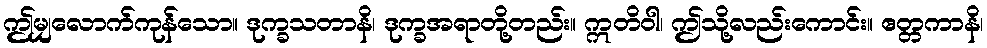
ဤမျှလောက်ကုန်သော။ ဒုက္ခသတာနိ၊ ဒုက္ခအရာတို့တည်း။ ဣတိဝါ၊ ဤသို့လည်းကောင်း။ ဧတ္တကာနိ၊